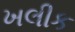
ખલીક